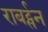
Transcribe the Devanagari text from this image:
राबर्ट्सन